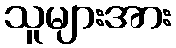
သူများအား